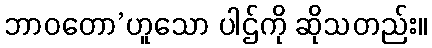
ဘာဝတော’ဟူသော ပါဌ်ကို ဆိုသတည်း။